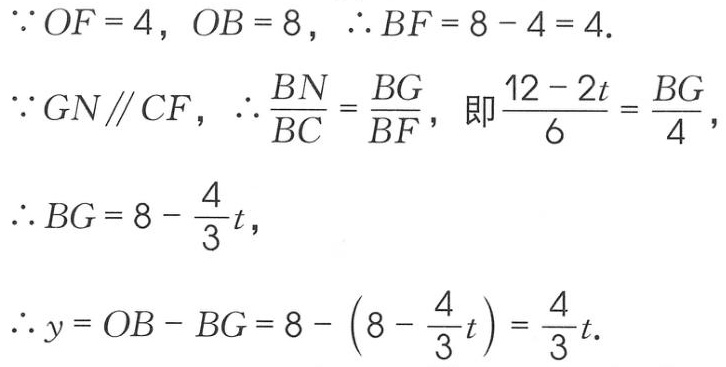
\(\because OF = 4,\ OB = 8,\ \therefore BF = 8 - 4 = 4.\)
\(\because GN\parallel CF,\ \therefore \frac{BN}{BC}=\frac{BG}{BF},\ 即\frac{12 - 2t}{6}=\frac{BG}{4},\)
\(\therefore BG = 8 - \frac{4}{3}t,\)
\(\therefore y = OB - BG = 8 - (8 - \frac{4}{3}t)=\frac{4}{3}t.\)